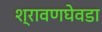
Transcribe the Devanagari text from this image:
श्रावणघेवडा